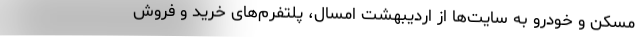
مسکن و خودرو به سایت‌ها از اردیبهشت امسال، پلتفرم‌های خرید و فروش